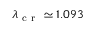
\lambda _ { \mathrm { ~ c ~ r ~ } } \simeq 1 . 0 9 3